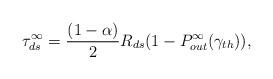
LaTeX: \begin{align*}\tau_{ds}^{\infty} =\frac{(1-\alpha)}{2}R_{ds}(1-P_{out}^{\infty}(\gamma_{th})),\end{align*}